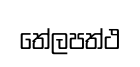
තේලපත්ථ